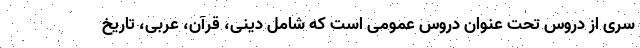
سری از دروس تحت عنوان دروس عمومی است که شامل دینی، قرآن، عربی، تاریخ